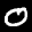
Label: 0